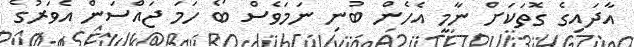
އާދައިގެ ގޮތަކަށް ނާމީ އެހެން ބުނި ނަމަވެސް ބޯ ހަމަ ޖައްސަން އެވަރުގެ